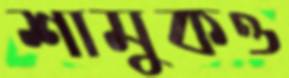
শামুকও